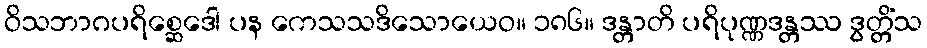
ဝိသဘာဂပရိစ္ဆေဒေါ ပန ကေသသဒိသောယေဝ။ ၁၈၆။ ဒန္တာတိ ပရိပုဏ္ဏဒန္တဿ ဒွတ္တိံသ